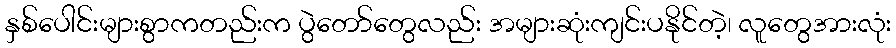
နှစ်ပေါင်းများစွာကတည်းက ပွဲတော်တွေလည်း အများဆုံးကျင်းပနိုင်တဲ့၊ လူတွေအားလုံး